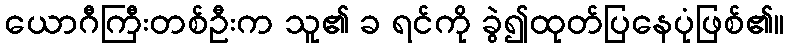
ယောဂီကြီးတစ်ဦးက သူ၏ ခ ရင်ကို ခွဲ၍ထုတ်ပြနေပုံဖြစ်၏။